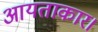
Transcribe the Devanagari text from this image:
आयताकार।